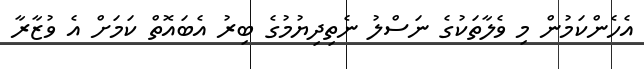
އެހެންކަމުން މި ވެލާތަކުގެ ނަސްލު ނެތިދިޔުމުގެ ބިރު އެބައޮތް ކަމަށް އެ ވުޒާރާ